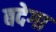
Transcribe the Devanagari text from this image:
बदेगा